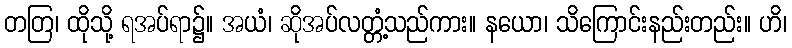
တတြ၊ ထိုသို့ ရအပ်ရာ၌။ အယံ၊ ဆိုအပ်လတ္တံ့သည်ကား။ နယော၊ သိကြောင်းနည်းတည်း။ ဟိ၊